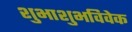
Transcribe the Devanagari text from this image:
शुभाशुभविवेक